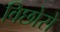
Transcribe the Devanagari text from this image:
विछोरो